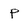
Character: P